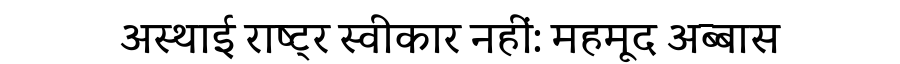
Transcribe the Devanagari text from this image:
अस्थाई राष्ट्र स्वीकार नहीं: महमूद अब्बास